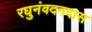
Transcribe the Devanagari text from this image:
रघुनंवदनदास